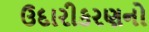
ઉદારીકરણનો